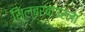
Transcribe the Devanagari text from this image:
सिल्बरबाउरला